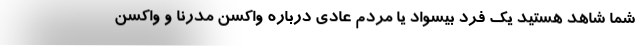
شما شاهد هستید یک فرد بیسواد یا مردم عادی درباره واکسن مدرنا و واکسن